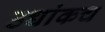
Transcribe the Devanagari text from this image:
उच्चांकच